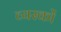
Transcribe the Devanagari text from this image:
व्‍यस्‍कों